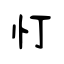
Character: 忊